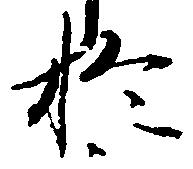
於